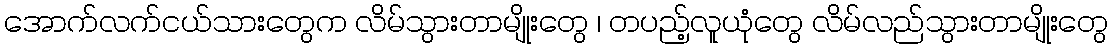
အောက်လက်ငယ်သားတွေက လိမ်သွားတာမျိုးတွေ ၊ တပည့်လူယုံတွေ လိမ်လည်သွားတာမျိုးတွေ